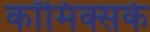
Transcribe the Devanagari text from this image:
कॉमिक्सके